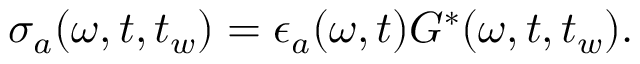
\begin{array} { r } { \sigma _ { a } ( \omega , t , t _ { w } ) = \epsilon _ { a } ( \omega , t ) { G } ^ { * } ( \omega , t , t _ { w } ) . } \end{array}